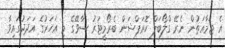
އެ ޖަމާއަތުން ނެރޭ ގްލޯބަލް ކޮރަޕްޝަން ބެރޯމީޓަރު ސާވޭގެ މި އަހަރުގެ އަދަދުގައިވާ